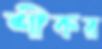
শীকর